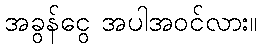
အခွန်ငွေ အပါအဝင်လား။